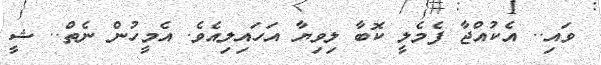
ވައި.. އެކުއްޖާ ފެމެލީ ކޮބާ ލިވިޔާ އަހައިލިއެވެ. އެމީހުން ނެތް.. ޝީ